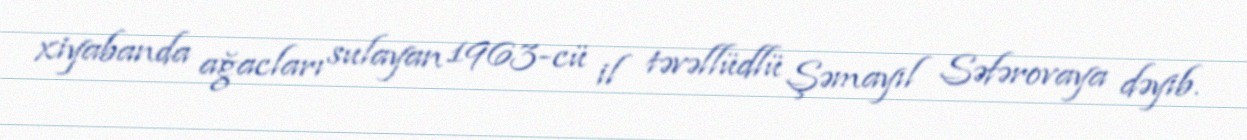
xiyabanda ağacları sulayan 1963-cü il təvəllüdlü Şəmayıl Səfərovaya dəyib.